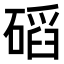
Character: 𥔿